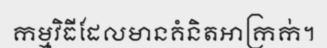
កម្មវិធីដែលមានគំនិតអាក្រក់។